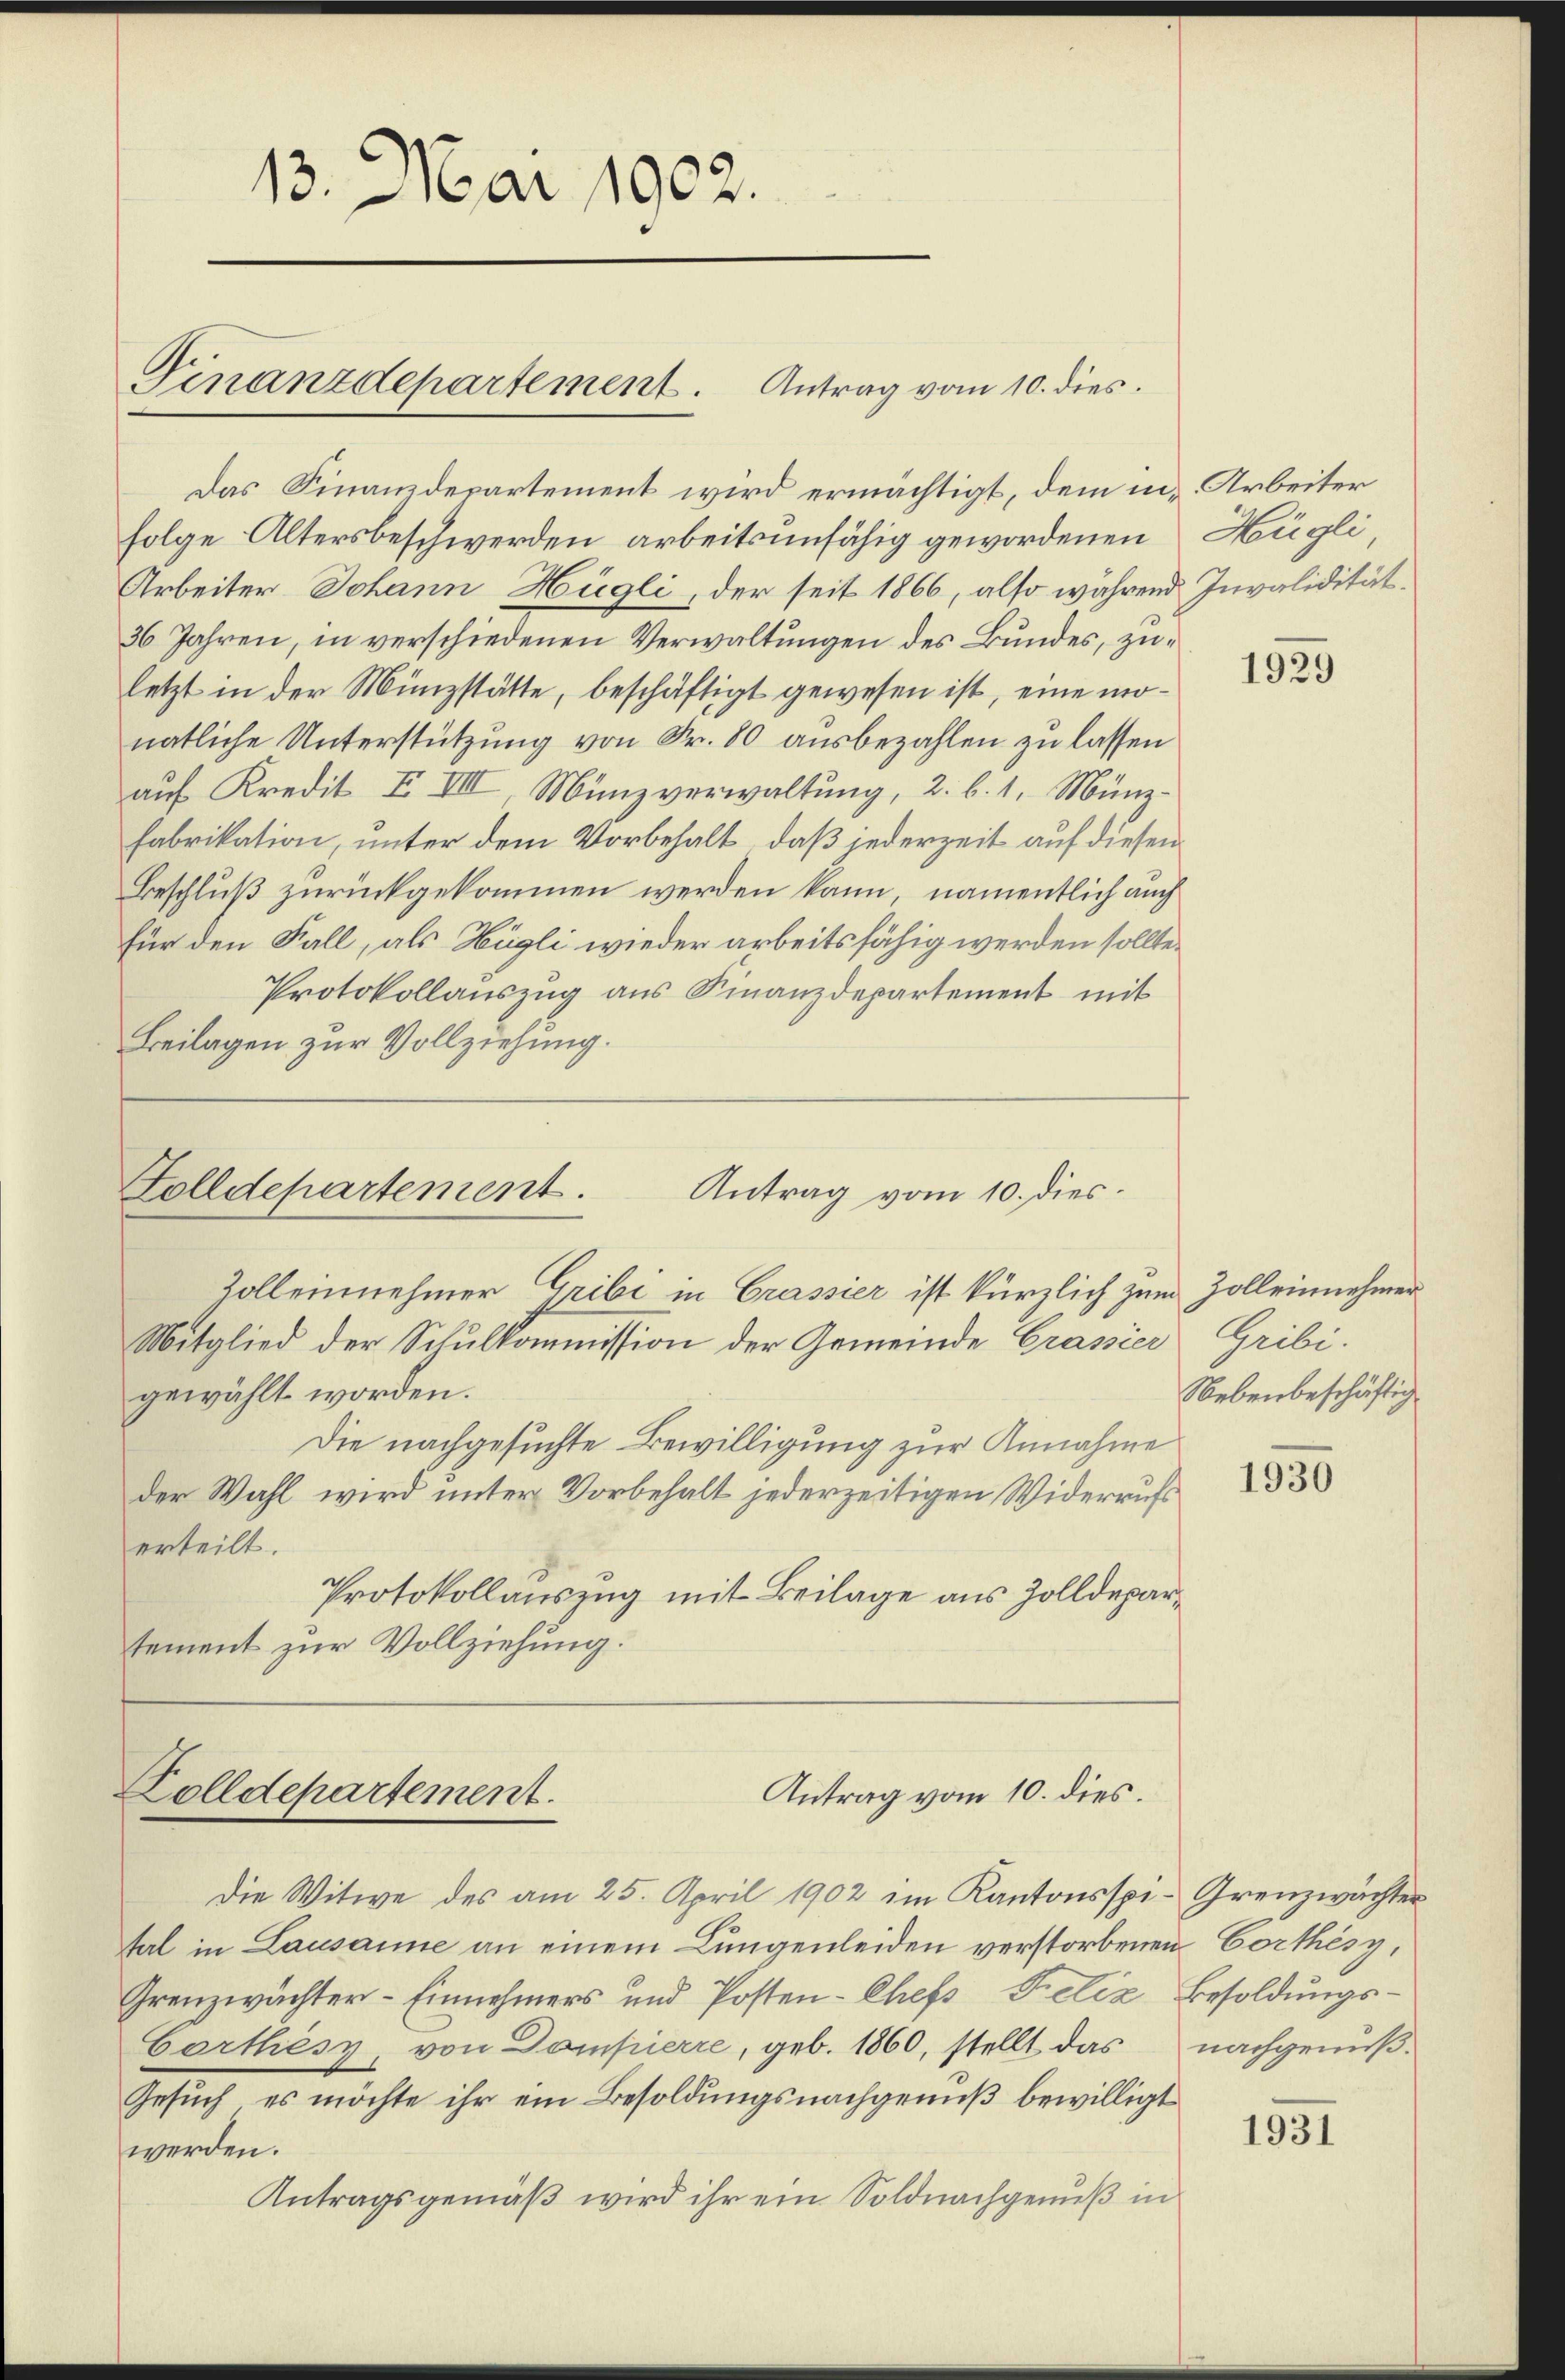
13. Mai 1902.
Finanzdepartement. Antrag vom 10. dies

Das Finanzdepartement wird ermächtigt, dem in Arbeiter
folge Altersbeschwerden arbeitsunfähig gewordenen Hügli
Arbeiter Johann Hügli, der seit 1866, also während Invalidität¬
36 Jahren, in verschiedenen Verwaltungen des Bundes, zuletzt in der Münzstätte, beschäftigt gewesen ist, eine monatliche Unterstützung von Fr. 80 ausbezahlen zu lassen
auf Kredit I VII, Münzverwaltung, 2. b. 1. Münzfabrikation, unter dem Vorbehalt, daß jederzeit auf diesen
Beschluß zurückgekommen werden kann, namentlich auch
für den Fall, als Hügli wieder arbeitsfähig werden sollte,
Protokollauszug aus Finanzdepartement mit
Beilagen zur Vollziehung.

Folldepartement.
Antrag vom 10. dies¬
Zolleinehmer Gribi in Grassier ist kürzlich zum Zolleinnehmer

Mitglied der Schulkommission der Gemeinde Grassier Gribi
gewählt worden.
Die nachgesuchte Bewilligung zur Annahme
der Wahl wird unter Vorbehalt jederzeitigen Widerrufs
erteilt.
Protokollauszug mit Beilage aus Zolldepartement zur Vollziehung.

Antrag vom 10. dies.
Zolldepartement.

Die Witwe des am 25. April 1902 im Kantonsspi- Grenzwächter
tal in Lausamme an einem Lungenleiden verstorbenen Corthèsy,
Grenzwächter- Einnehmers und Posten-Chefs Felix Besoldungs-
Corthess, von Dompierre, geb. 1860, stellt das
Gesuch, es möchte ihr ein Besoldungsnachgenuß bewilligt
werden.
Antragsgemäß wird ihr ein Soldnachgenuß in

1929

Nebenbeschäftig

1930

nachgenuß.

1931